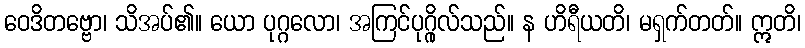
ဝေဒိတဗ္ဗော၊ သိအပ်၏။ ယော ပုဂ္ဂလော၊ အကြင်ပုဂ္ဂိုလ်သည်။ န ဟိရီယတိ၊ မရှက်တတ်။ ဣတိ၊